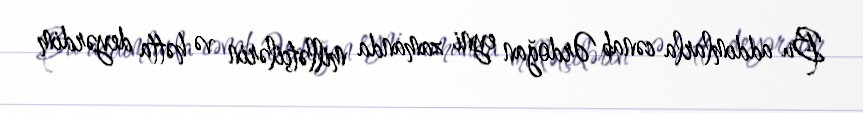
Bu addımlarla cənab Ərdoğan eyni zamanda millətçilərin və hətta deyərdim